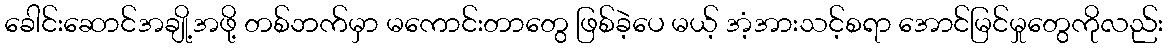
ခေါင်းဆောင်အချို့အဖို့ တစ်ဘက်မှာ မကောင်းတာတွေ ဖြစ်ခဲ့ပေ မယ့် အံ့အားသင့်စရာ အောင်မြင်မှုတွေကိုလည်း